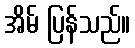
အိမ် ပြန်သည်။